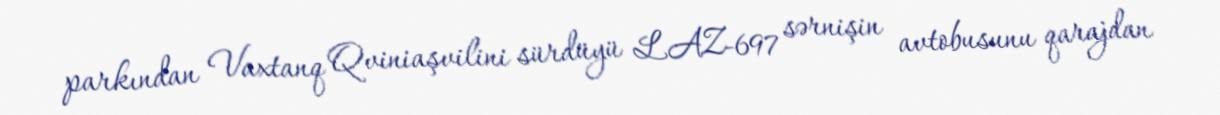
parkından Vaxtanq Qviniaşvilini sürdüyü LAZ-697 sərnişin avtobusunu qarajdan